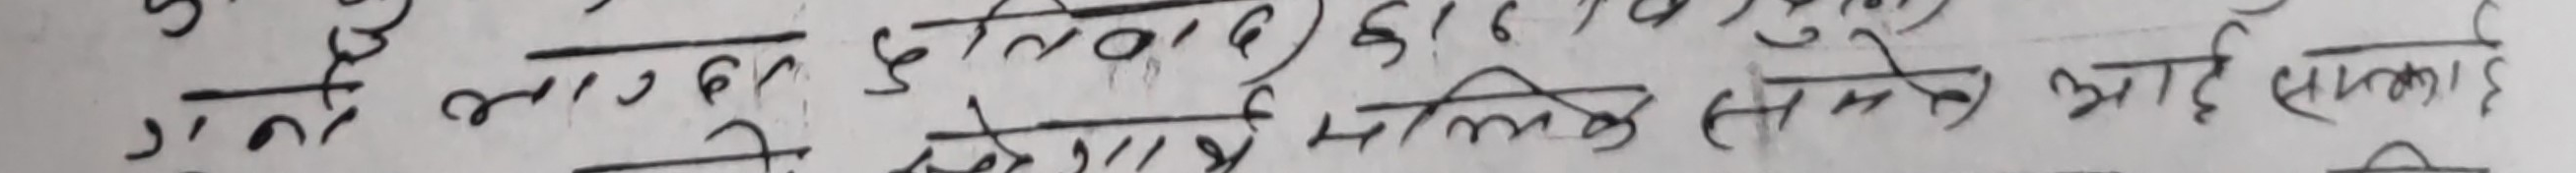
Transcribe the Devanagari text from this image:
गले लाग्दा घुलिदा ६/८/२०१० बुधबार खेमराज मालिकले सबै आदि सफाई